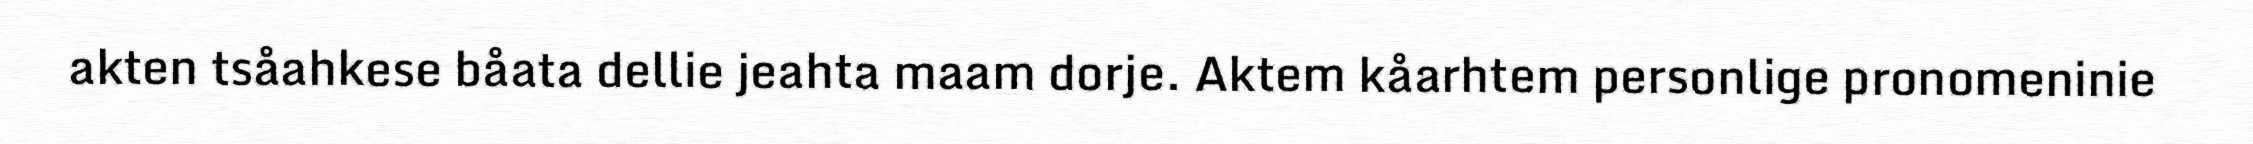
akten tsåahkese båata dellie jeahta maam dorje. Aktem kåarhtem personlige pronomeninie